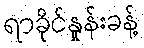
ရာခိုင်နှုန်းခန့်